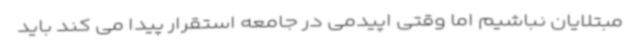
مبتلایان نباشیم اما وقتی اپیدمی در جامعه استقرار پیدا می کند باید